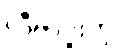
လီဗာပူးကို